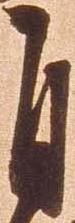
自